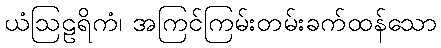
ယံဩဠရိကံ၊ အကြင်ကြမ်းတမ်းခက်ထန်သော